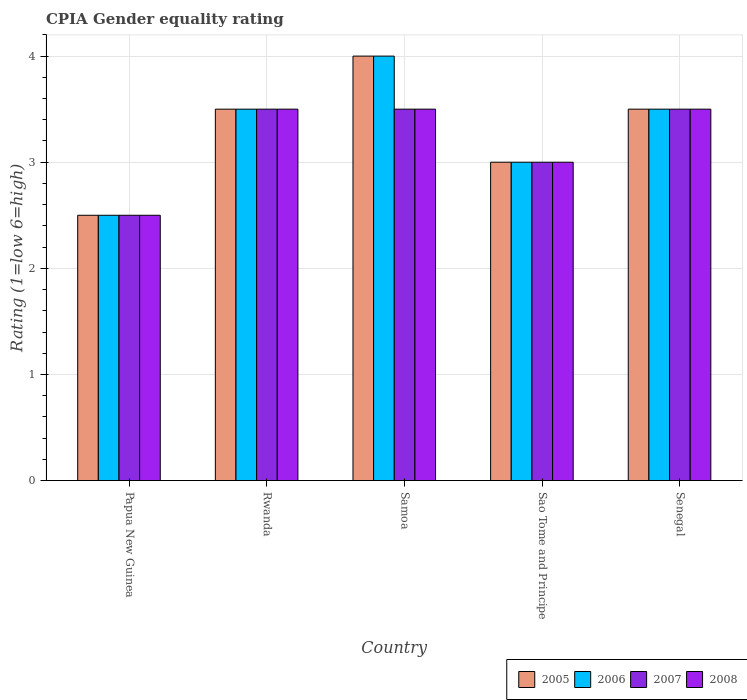
| Country | 2005 | 2006 | 2007 | 2008 |
 | --- | --- | --- | --- | --- |
 | Papua New Guinea | 2.5 | 2.5 | 2.5 | 2.5 |
 | Rwanda | 3.5 | 3.5 | 3.5 | 3.5 |
 | Samoa | 4 | 4 | 3.5 | 3.5 |
 | Sao Tome and Principe | 3 | 3 | 3 | 3 |
 | Senegal | 3.5 | 3.5 | 3.5 | 3.5 |